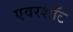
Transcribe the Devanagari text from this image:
एवरशॉट